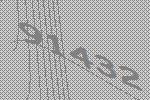
91432